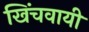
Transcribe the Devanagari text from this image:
खिंचवायी